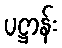
ပဋ္ဌာန်း